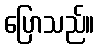
ပြောသည်။